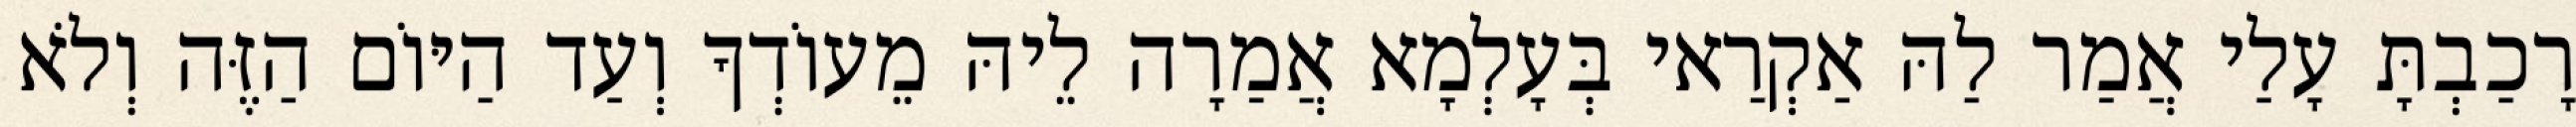
רָכַבְתָּ עָלַי אֲמַר לַהּ אַקְרַאי בְּעָלְמָא אֲמַרָה לֵיהּ מֵעוֹדְךָ וְעַד הַיּוֹם הַזֶּה וְלֹא